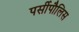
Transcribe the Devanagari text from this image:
पर्सीपौलिस